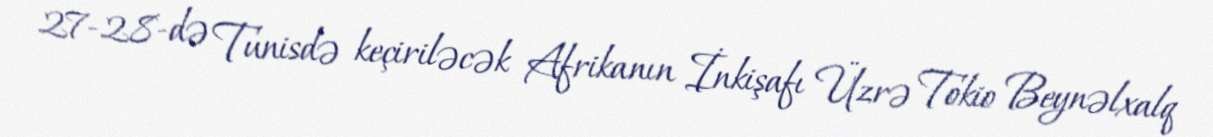
27-28-də Tunisdə keçiriləcək Afrikanın İnkişafı Üzrə Tokio Beynəlxalq